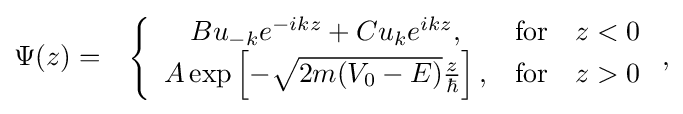
{\begin{aligned}\Psi (z)&=&\left\{{\begin{array}{cc}Bu_{-k}e^{-ikz}+Cu_{k}e^{ikz},&{\textrm {for}}\quad z<0\\A\exp \left[-{\sqrt {2m(V_{0}-E)}}{\frac {z}{\hbar }}\right],&{\textrm {for}}\quad z>0\end{array}}\right.,\end{aligned}}